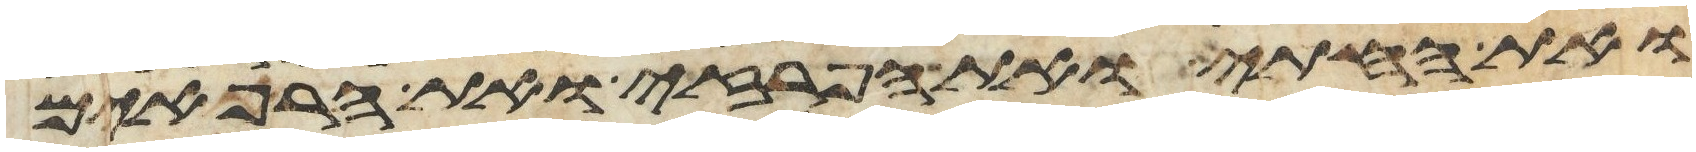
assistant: ואת החתי ואת הפרזי ואת הרפאים